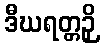
ဒီဃရတ္တဉှိ